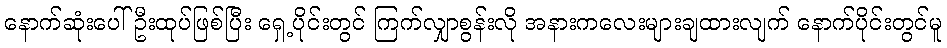
နောက်ဆုံးပေါ်ဦးထုပ်ဖြစ်ပြီး ရှေ့ပိုင်းတွင် ကြက်လျှာစွန်းလို အနားကလေးများချထားလျက် နောက်ပိုင်းတွင်မူ